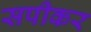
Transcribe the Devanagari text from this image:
सपीकर